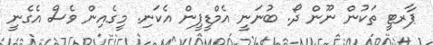
ޕާރޓީ ތަކުން ނޫން ދޯ. ބުނަނީ އެމްޑީޕީން އެކަނި. މީގެއިން ވެސް އެގެނީ